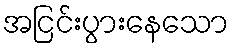
အငြင်းပွားနေသော